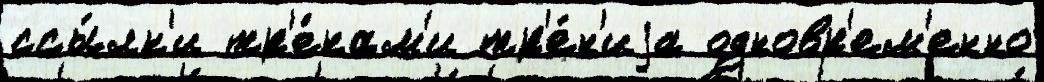
ссы́лк'и тр'е́кам'и тр'е́н'иjа одновр'ем'енно